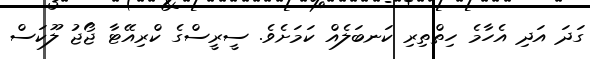
ގަދަ އަދި އެހާމެ ހިތްތިރި ކަނބަލެއް ކަމަށެވެ. ސީރީސްގެ ކްރިއޭޓާ ޖޯޖު ލޫކަސް